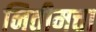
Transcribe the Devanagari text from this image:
नितीमत्ता